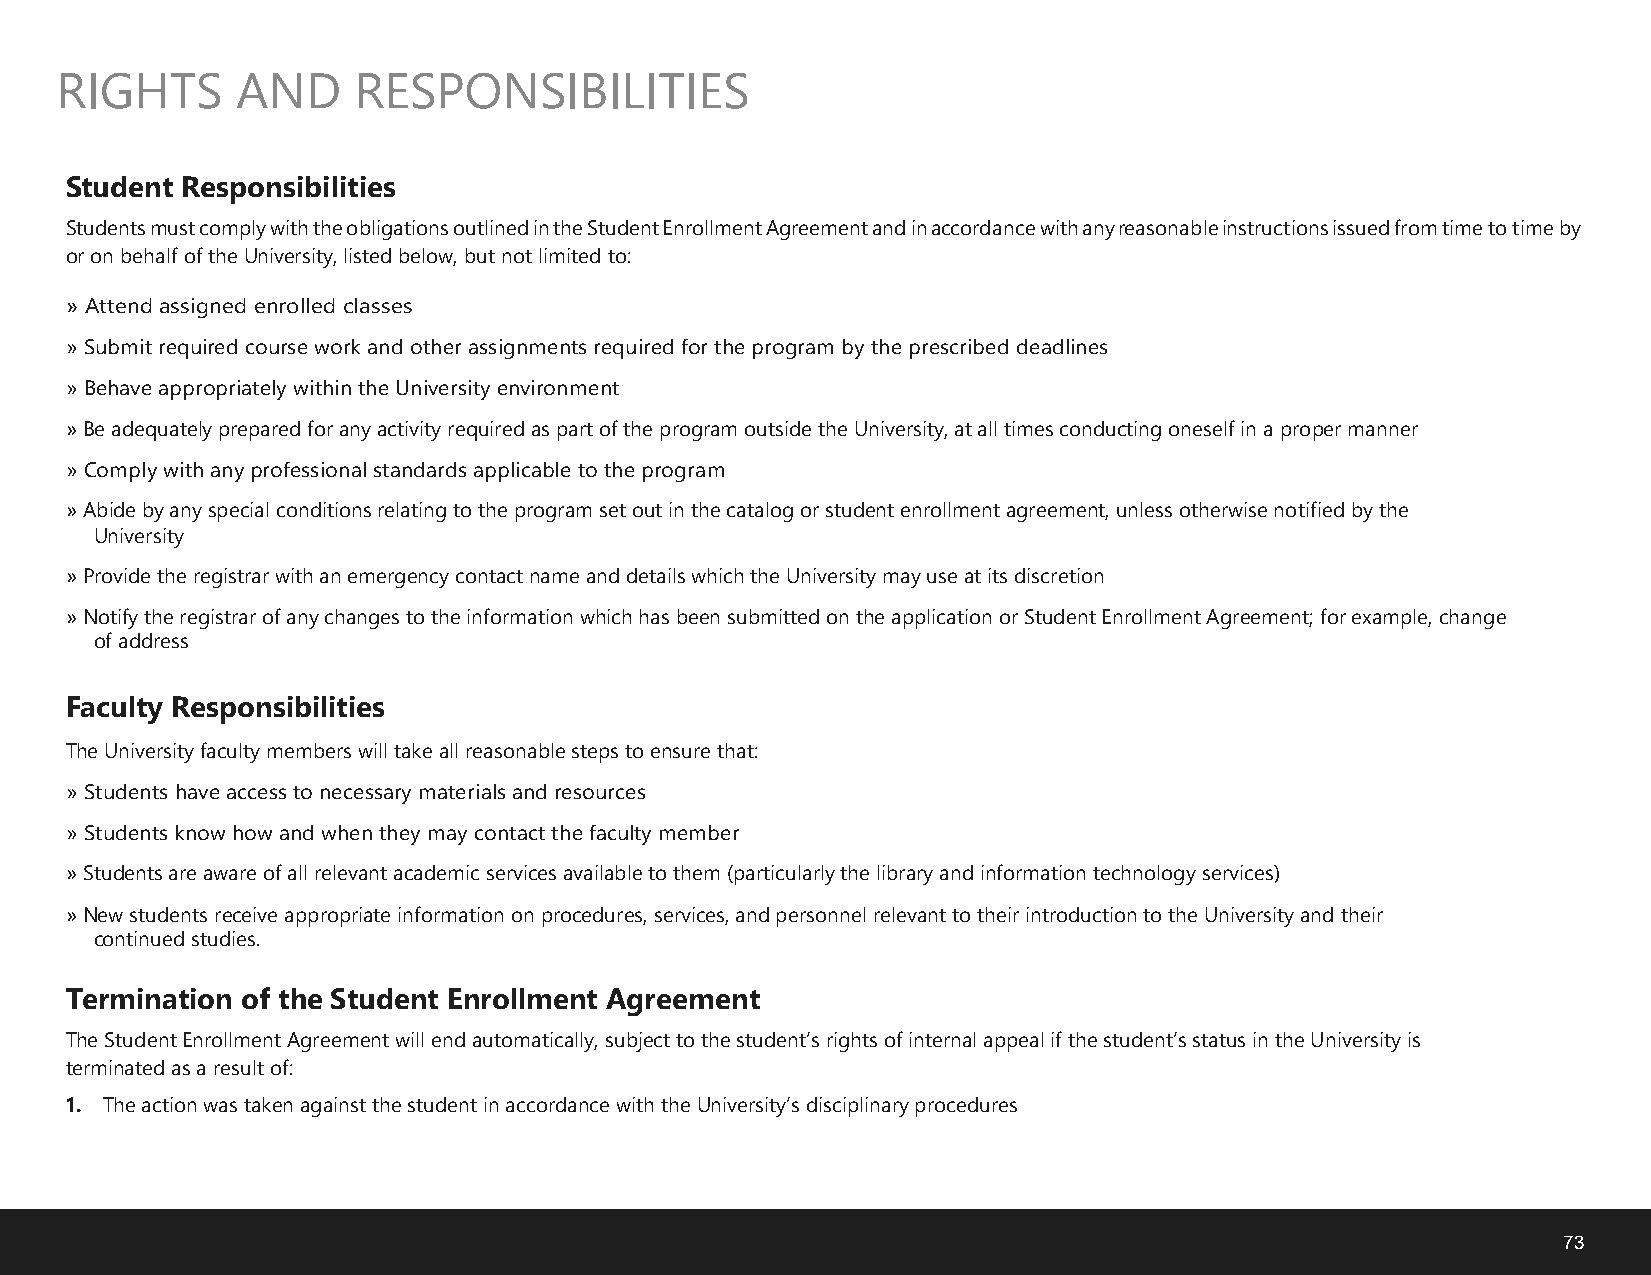
RIGHTS      AND    RESPONSIBILITIES
 Student Responsibilities
 Students must comply with the obligations outlined in the Student Enrollment Agreement and in accordance with any reasonable instructions issued from time to time by
 or on behalf of the University, listed below, but not limited to:
 » Attend assigned enrolled classes
 »Submit required course work and other assignments required for the program by the prescribed deadlines
 »Behave appropriately within the University environment
 »Be adequately prepared for any activity required as part of the program outside the University, at all times conducting oneself in a proper manner
 » Comply with any professional standards applicable to the program
 »Abide by any special conditions relating to the program set out in the catalog or student enrollment agreement, unless otherwise notified by the
 University
 »Provide the registrar with an emergency contact name and details which the University may use at its discretion
 »Notify the registrar of any changes to the information which has been submitted on the application or Student Enrollment Agreement; for example, change
 of address
 Faculty Responsibilities
 The University faculty members will take all reasonable steps to ensure that:
 »Students have access to necessary materials and resources
 »Students know how and when they may contact the faculty member
 »Students are aware of all relevant academic services available to them (particularly the library and information technology services)
 »New students receive appropriate information on procedures, services, and personnel relevant to their introduction to the University and their
 continued studies.
 Termination of the Student Enrollment Agreement
 The Student Enrollment Agreement will end automatically, subject to the student’s rights of internal appeal if the student’s status in the University is
 terminated as a result of:
 1. The action was taken against the student in accordance with the University’s disciplinary procedures
 73